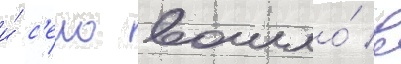
и́ с'ело вошло́ в